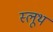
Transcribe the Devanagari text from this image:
स्लूथ